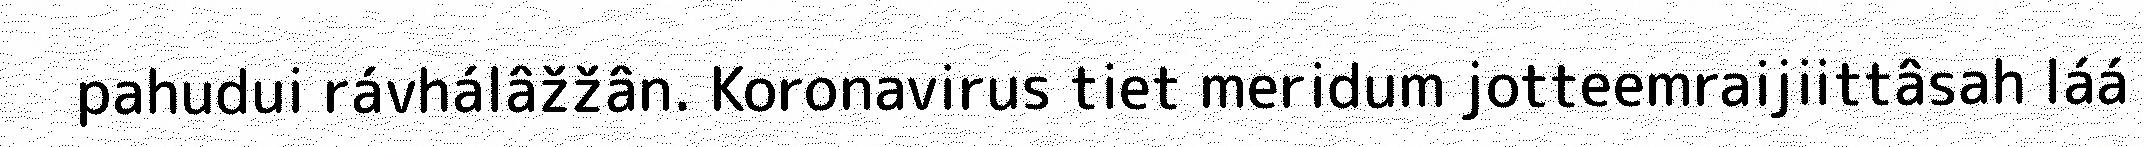
pahudui rávhálâžžân. Koronavirus tiet meridum jotteemraijiittâsah láá